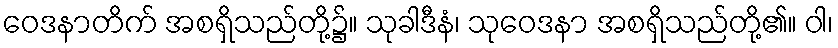
ဝေဒနာတိက် အစရှိသည်တို့၌။ သုခါဒီနံ၊ သုဝေဒနာ အစရှိသည်တို့၏။ ဝါ၊